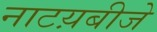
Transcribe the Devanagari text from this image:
नाटय़बीजे